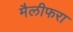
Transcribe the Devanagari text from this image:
मैलीफरा